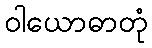
ဝါယောဓာတုံ